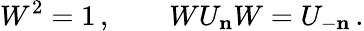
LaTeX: W^{2}=1\, ,\qquad WU_{\mathbf n}W=U_{-\mathbf n}\, .